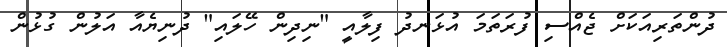
ދުންތަރިއަކަށް ޖެއްސި ފުރަތަމަ އުޅަނދު ފިލާއީ "ނިދިން ހޭލައި" ދުނިޔެއާ އަލުން ގުޅުން